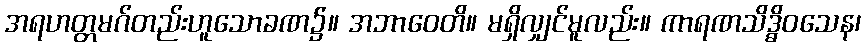
အရဟတ္တမဂ်တည်းဟူသောခဏ၌။ အဘာဝေတိ။ မရှိလျှင်မူလည်း။ ကာရဏသိဒ္ဓိဝသေန၊